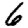
Digit: 6